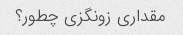
مقداری زونگزی چطور؟